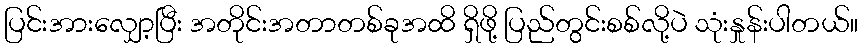
ပြင်းအားလျှော့ပြီး အတိုင်းအတာတစ်ခုအထိ ရှိဖို့ ပြည်တွင်းစစ်လို့ပဲ သုံးနှုန်းပါတယ်။